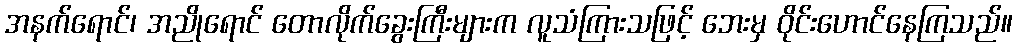
အနက်ရောင်၊ အညိုရောင် တောလိုက်ခွေးကြီးများက လူသံကြားသဖြင့် ဘေးမှ ဝိုင်းဟောင်နေကြသည်။